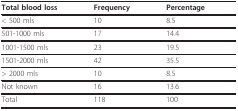
<table><thead><tr><td><b>Total blood loss</b></td><td><b>Frequency</b></td><td><b>Percentage</b></td></tr></thead><tbody><tr><td>&lt; 500 mls</td><td>10</td><td>8.5</td></tr><tr><td>501-1000 mls</td><td>17</td><td>14.4</td></tr><tr><td>1001-1500 mls</td><td>23</td><td>19.5</td></tr><tr><td>1501-2000 mls</td><td>42</td><td>35.5</td></tr><tr><td>&gt; 2000 mls</td><td>10</td><td>8.5</td></tr><tr><td>Not known</td><td>16</td><td>13.6</td></tr><tr><td>Total</td><td>118</td><td>100</td></tr></tbody></table>